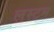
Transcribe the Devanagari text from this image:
लस्टम